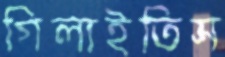
গিলাইতিস